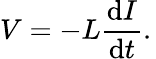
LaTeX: V=-L{\frac{\mathrm{d}I}{\mathrm{d}t}}.\,